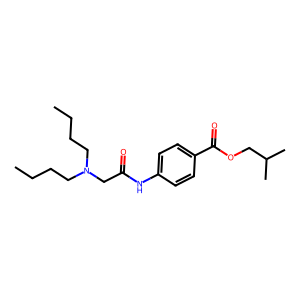
SMILES: CCCCN(CCCC)CC(=O)Nc1ccc(C(=O)OCC(C)C)cc1
Inhibits HIV replication: No